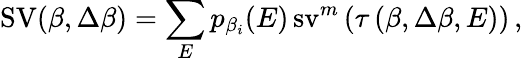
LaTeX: \operatorname{SV}(\beta,\Delta\beta)=\sum_{E}p_{\beta_{i}}(E)\operatorname{sv}^{m}\left(\tau\left(\beta,\Delta\beta,E\right)\right)\, ,